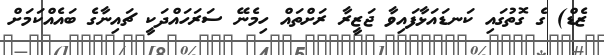
ޒެޑް) ގެ ގޮތުގައި ކަނޑައަޅާފައިވާ ޖަޒީރާ ރަށްތައް ހިމެނޭ ސަރަހައްދަކީ ޗައިނާގެ ބައެއްކަމަށް